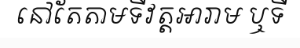
នៅតែតាមទីវត្តអារាម ឬទី